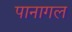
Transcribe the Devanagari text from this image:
पानागल